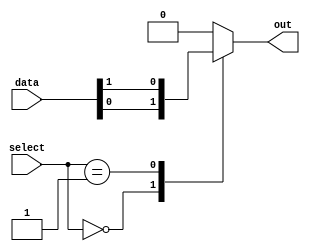
module mux1024to1 (
    input [1023:0] data,
    input [9:0] select,
    output reg out
);

always @* begin
    case(select)
        10'b0000000000: out = data[0];
        10'b0000000001: out = data[1];
        // add cases for all 1024 inputs
        default: out = 1'b0; // default case if select is invalid
    endcase
end

endmodule